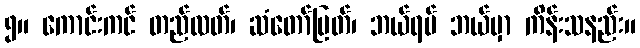
၅။ ကောင်းကင် တည်လတ်၊ ဆံတော်မြတ်၊ ဘယ်ရပ် ဘယ်မှာ ကိန်းသနည်း။